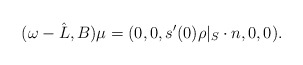
\begin{align*}(\omega-\hat{L},B)\mu=(0,0,s'(0)\rho|_S\cdot n,0,0).\end{align*}